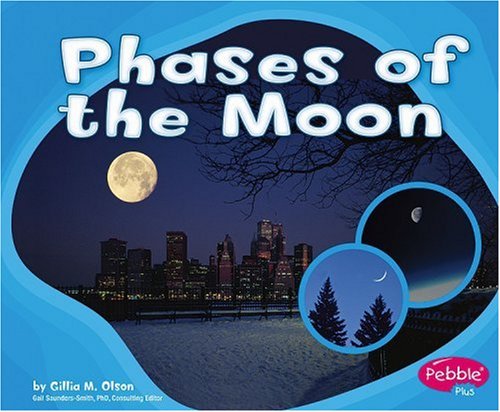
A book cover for Phases of the Moon (Patterns in Nature); Gillia M. Olson; Children's Books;